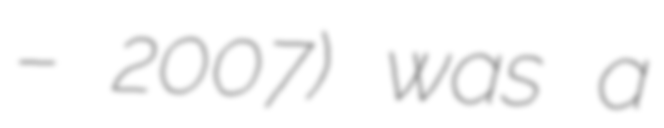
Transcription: – 2007) was a